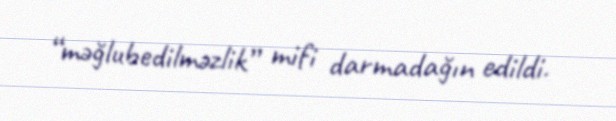
“məğlubedilməzlik” mifi darmadağın edildi.